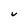
Character: U